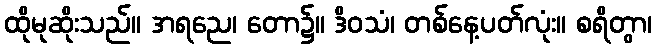
ထိုမုဆိုးသည်။ အရညေ၊ တော၌။ ဒိဝသံ၊ တစ်နေ့ပတ်လုံး။ စရိတွာ၊